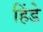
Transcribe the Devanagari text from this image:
हिंडे